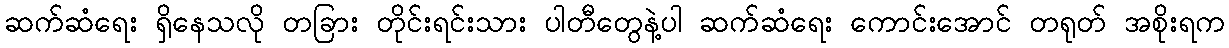
ဆက်ဆံရေး ရှိနေသလို တခြား တိုင်းရင်းသား ပါတီတွေနဲ့ပါ ဆက်ဆံရေး ကောင်းအောင် တရုတ် အစိုးရက